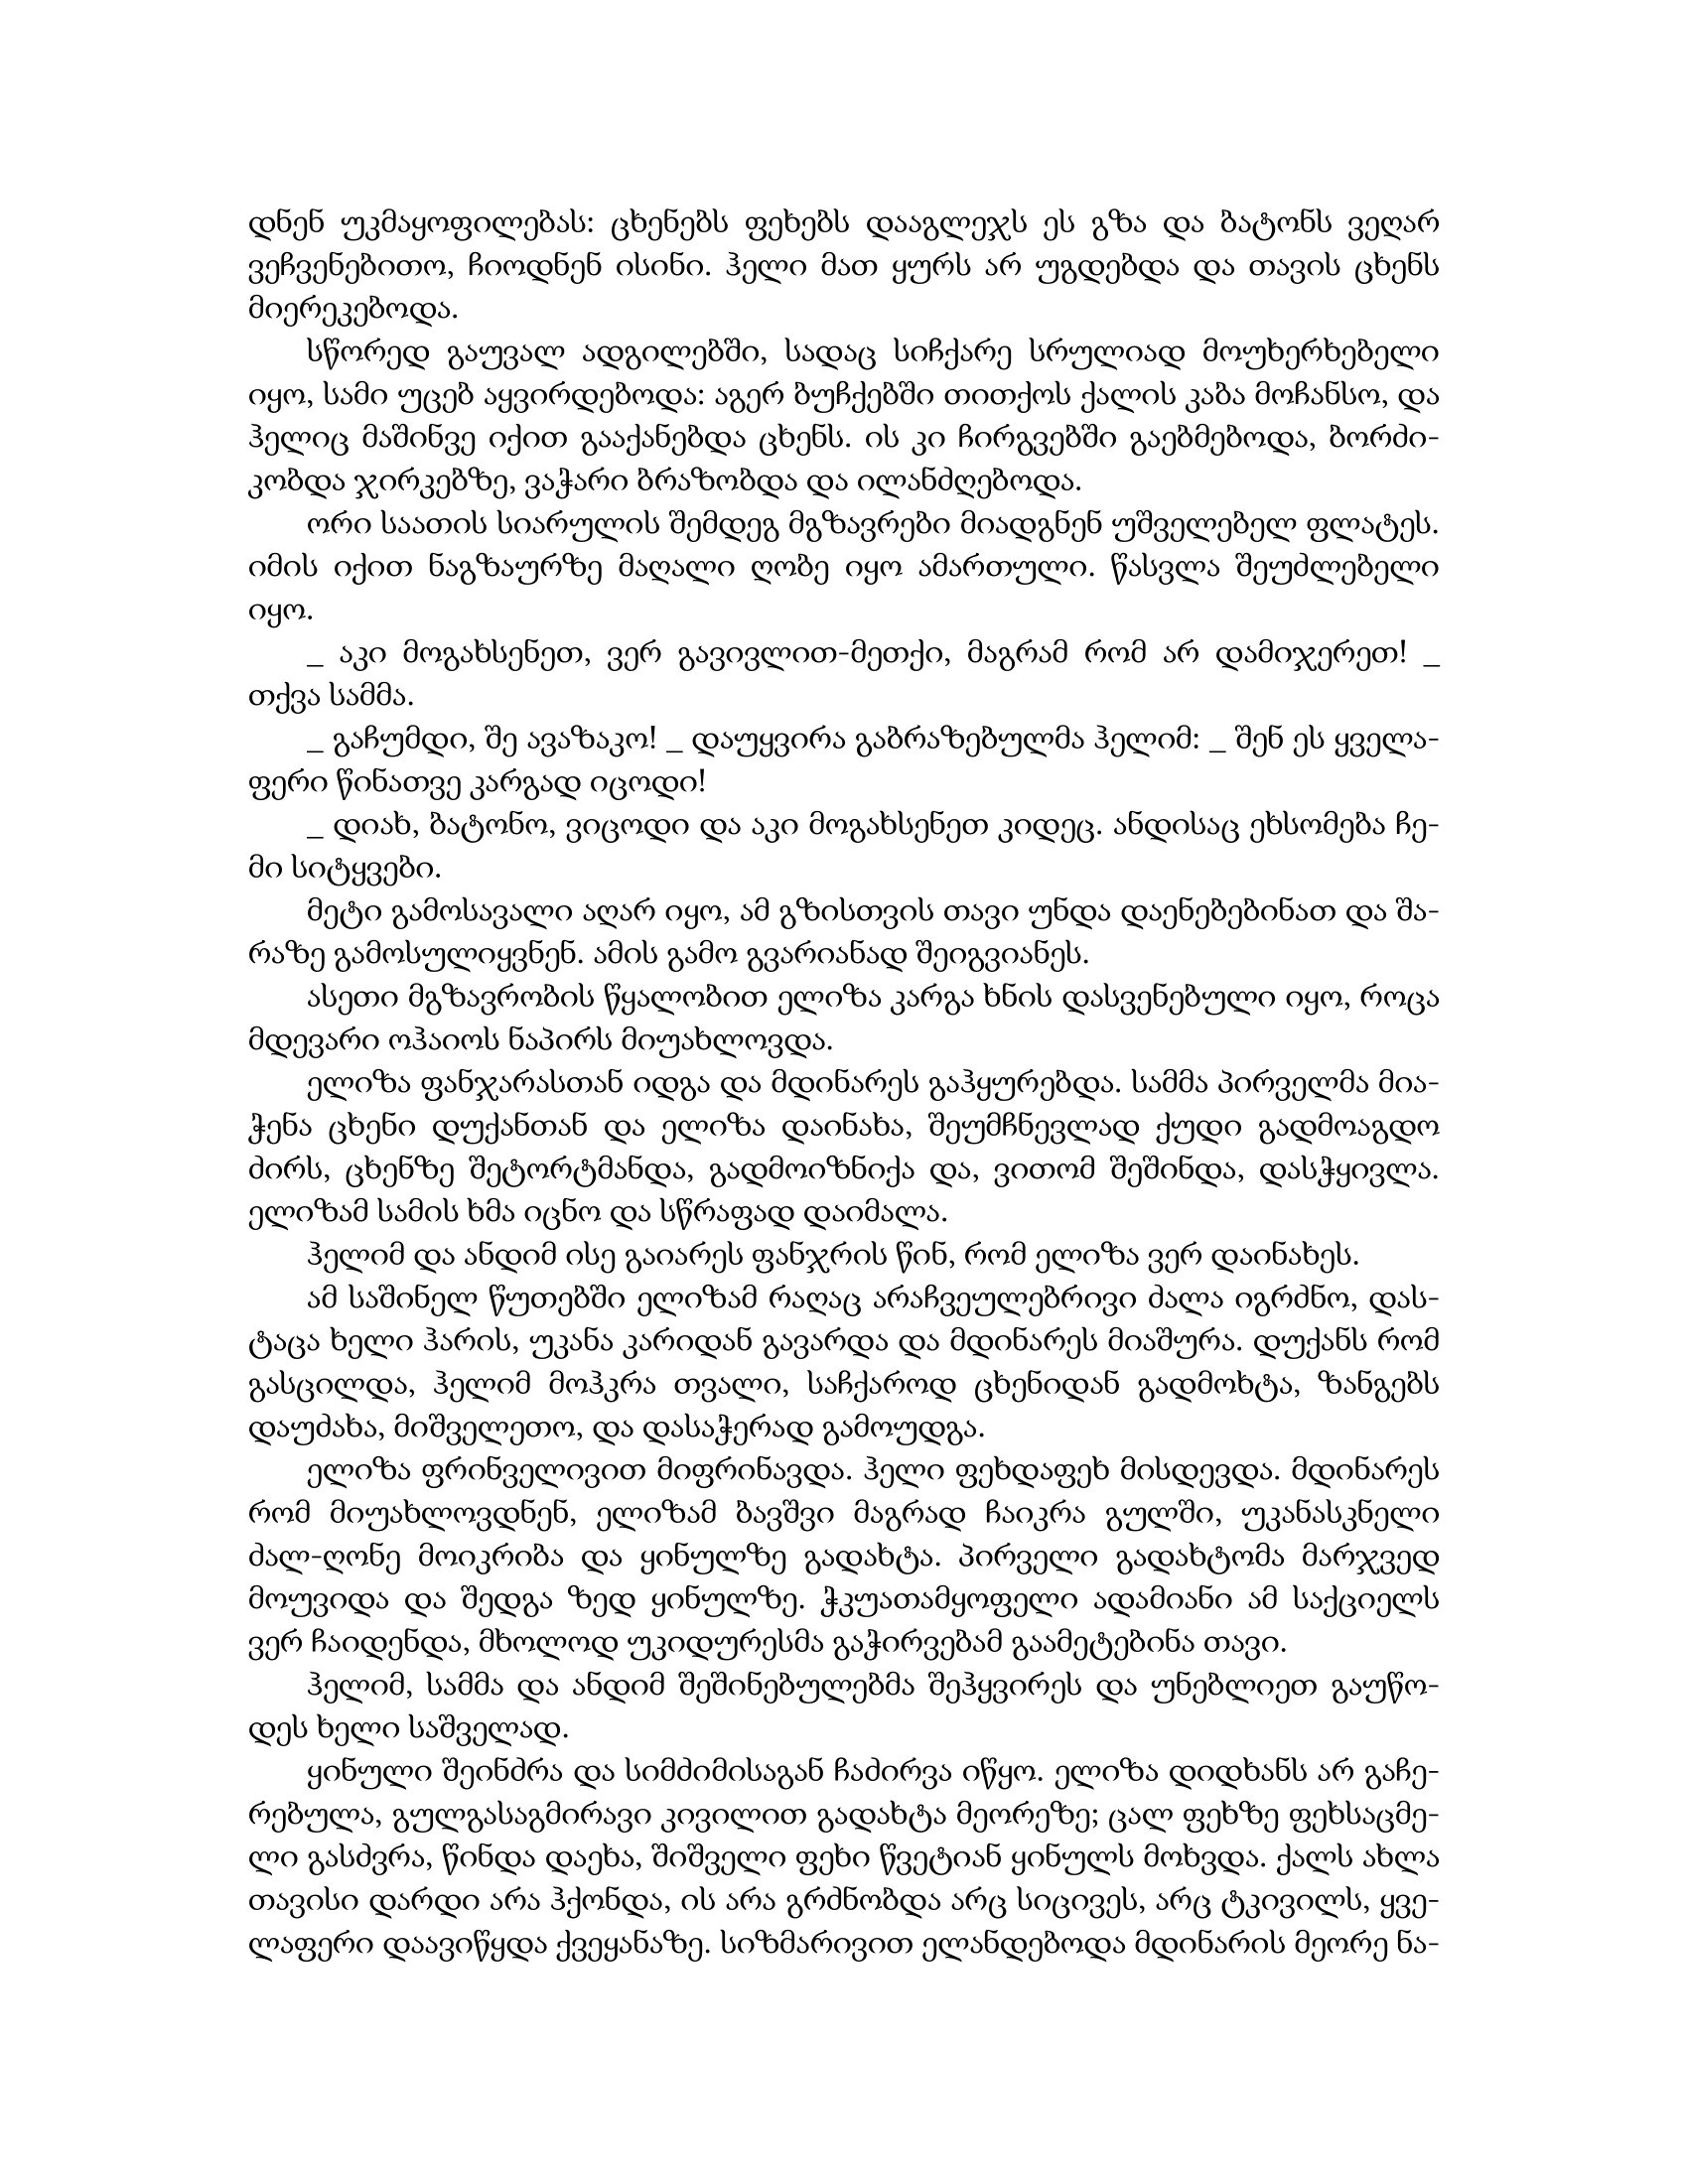
Language: gr